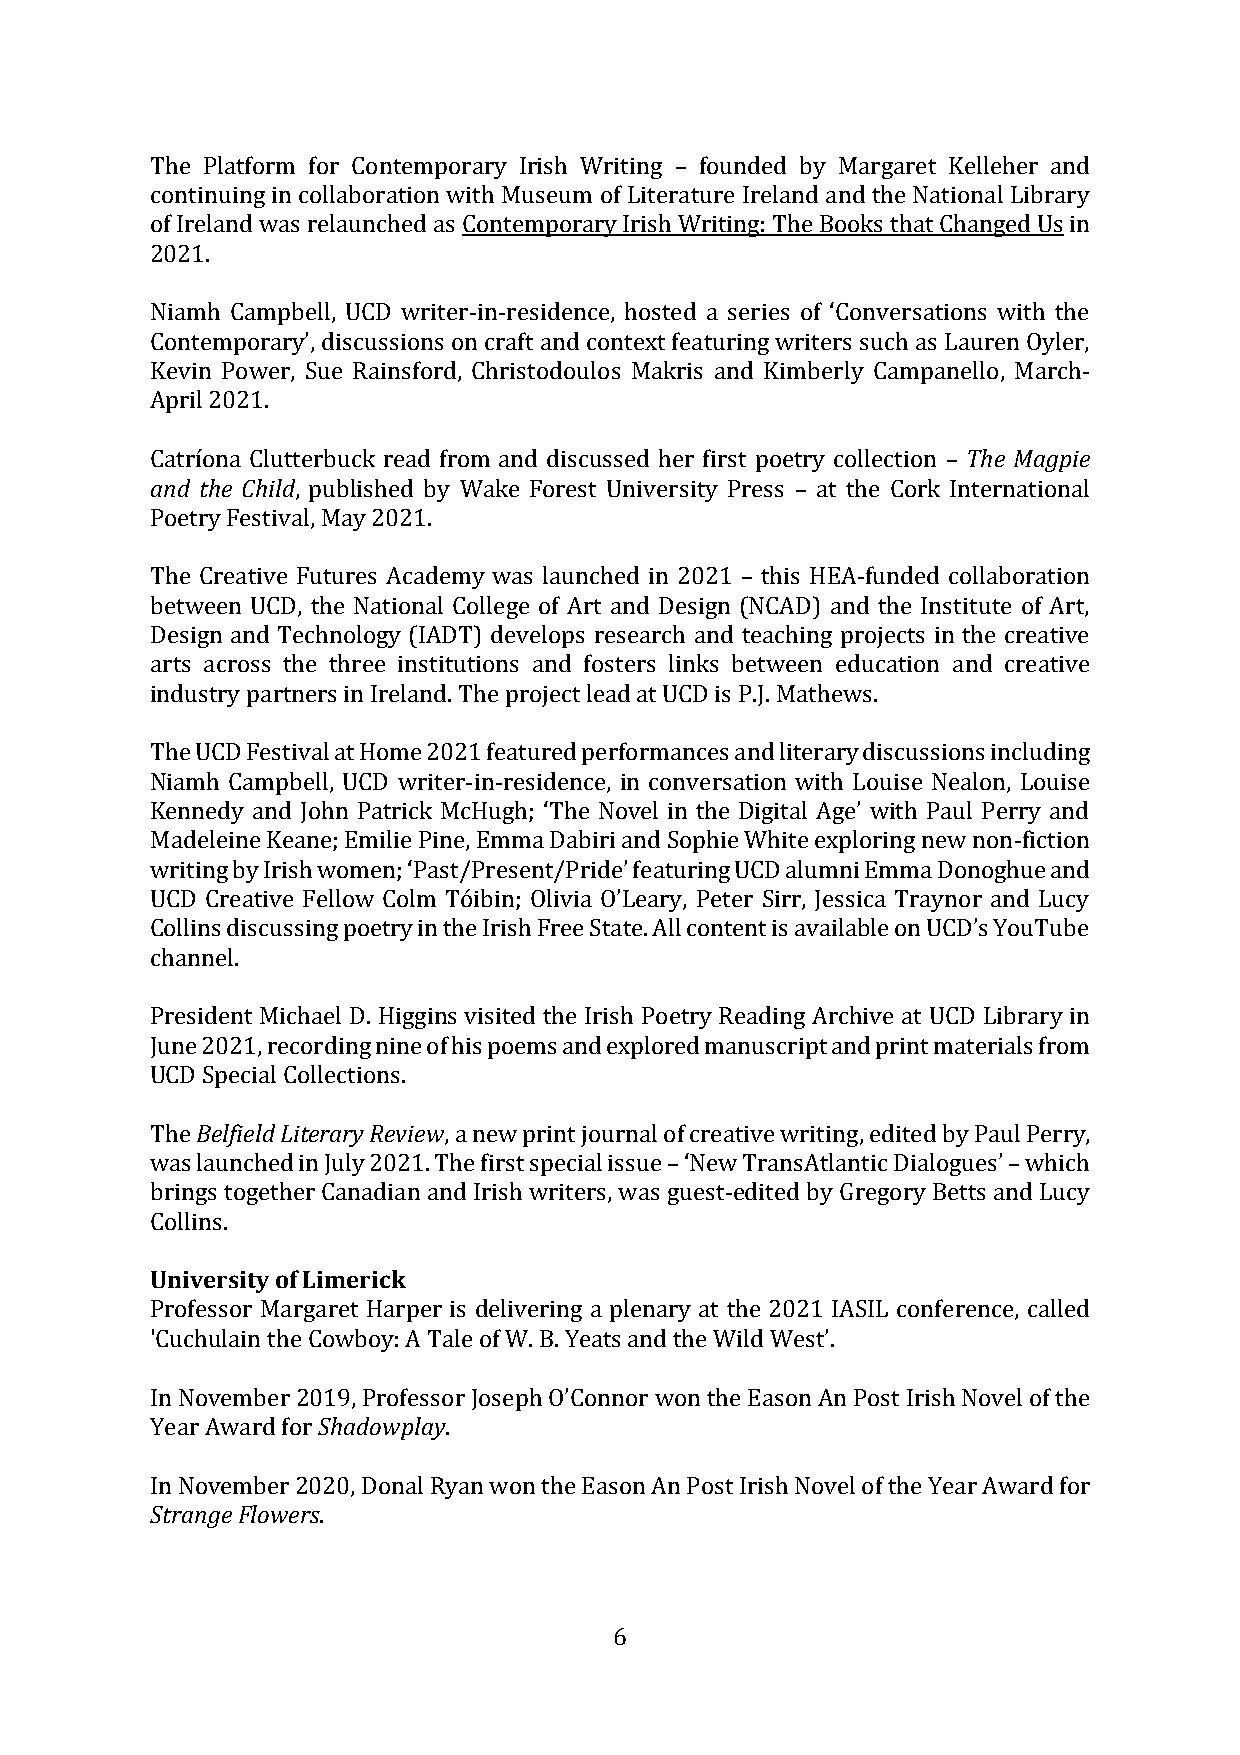
The Platform for Contemporary Irish Writing – founded by Margaret Kelleher and
 continuing in collaboration with Museum of Literature Ireland and the National Library
 of Ireland was relaunched as Contemporary Irish Writing: The Books that Changed Us in
 2021.
 Niamh Campbell, UCD writer-in-residence, hosted a series of ‘Conversations with the
 Contemporary’, discussions on craft and context featuring writers such as Lauren Oyler,
 Kevin Power, Sue Rainsford, Christodoulos Makris and Kimberly Campanello, March-
 April 2021.
 Catríona Clutterbuck read from and discussed her first poetry collection – The Magpie
 and the Child, published by Wake Forest University Press – at the Cork International
 Poetry Festival, May 2021.
 The Creative Futures Academy was launched in 2021 – this HEA-funded collaboration
 between UCD, the National College of Art and Design (NCAD) and the Institute of Art,
 Design and Technology (IADT) develops research and teaching projects in the creative
 arts across the three institutions and fosters links between education and creative
 industry partners in Ireland. The project lead at UCD is P.J. Mathews.
 The UCD Festival at Home 2021 featured performances and literary discussions including
 Niamh Campbell, UCD writer-in-residence, in conversation with Louise Nealon, Louise
 Kennedy and John Patrick McHugh; ‘The Novel in the Digital Age’ with Paul Perry and
 Madeleine Keane; Emilie Pine, Emma Dabiri and Sophie White exploring new non-fiction
 writing by Irish women; ‘Past/Present/Pride’ featuring UCD alumni Emma Donoghue and
 UCD Creative Fellow Colm Tóibin; Olivia O’Leary, Peter Sirr, Jessica Traynor and Lucy
 Collins discussing poetry in the Irish Free State. All content is available on UCD’s YouTube
 channel.
 President Michael D. Higgins visited the Irish Poetry Reading Archive at UCD Library in
 June 2021, recording nine of his poems and explored manuscript and print materials from
 UCD Special Collections.
 The Belfield Literary Review, a new print journal of creative writing, edited by Paul Perry,
 was launched in July 2021. The first special issue – ‘New TransAtlantic Dialogues’ – which
 brings together Canadian and Irish writers, was guest-edited by Gregory Betts and Lucy
 Collins.
 University of Limerick
 Professor Margaret Harper is delivering a plenary at the 2021 IASIL conference, called
 'Cuchulain the Cowboy: A Tale of W. B. Yeats and the Wild West’.
 In November 2019, Professor Joseph O’Connor won the Eason An Post Irish Novel of the
 Year Award for Shadowplay.
 In November 2020, Donal Ryan won the Eason An Post Irish Novel of the Year Award for
 Strange Flowers.
 6